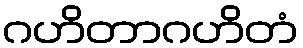
ဂဟိတာဂဟိတံ